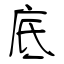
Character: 底